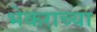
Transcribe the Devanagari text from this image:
भेकराच्या